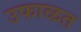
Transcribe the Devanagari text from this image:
उफाळत